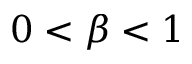
0 < \beta < 1